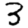
Digit: 3